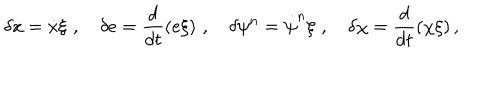
\delta x = \dot { x } \xi \, \, , \, \, \, \, \, \, \delta e = \frac { d } { d t } ( e \xi ) \, \, , \, \, \, \, \, \, \delta \psi ^ { n } = \dot { \psi } ^ { n } \xi \, \, , \, \, \, \, \, \, \delta \chi = \frac { d } { d t } ( \chi \xi ) \, ,